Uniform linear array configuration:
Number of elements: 8
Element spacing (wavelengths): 0.75
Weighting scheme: binomial
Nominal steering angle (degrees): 0
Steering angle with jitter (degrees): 1.484
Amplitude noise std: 0.05
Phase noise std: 0.05

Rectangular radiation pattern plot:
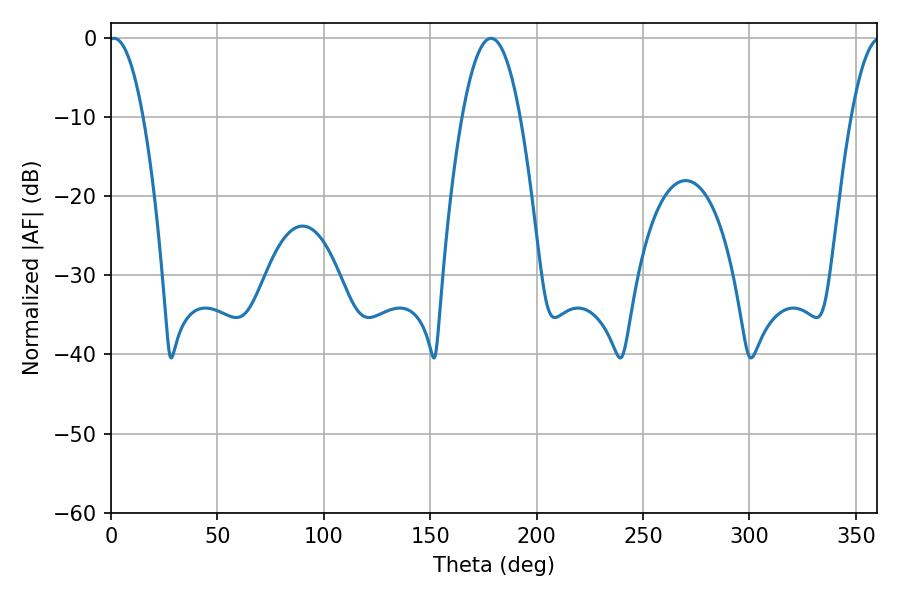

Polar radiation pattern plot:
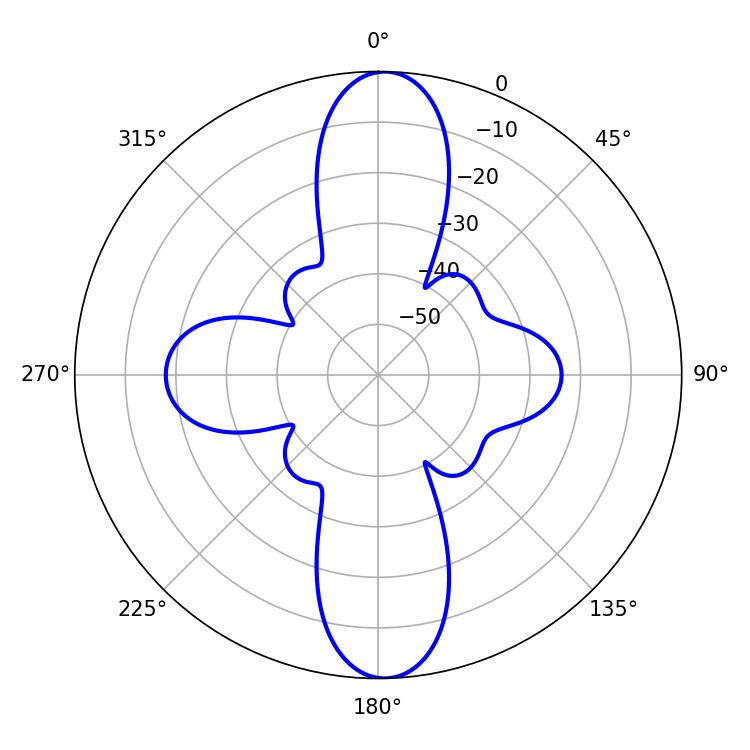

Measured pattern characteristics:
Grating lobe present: TRUE
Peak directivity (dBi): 23.533
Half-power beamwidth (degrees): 9
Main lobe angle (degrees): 1.44